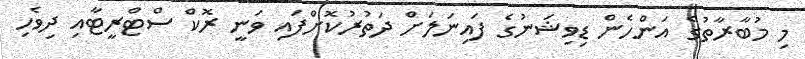
މި މުބާރާތުގެ އަންހެން ޑިވިޝަނުގެ ފައިނަލަށް ދަތުރުކޮށްފައި ވަނީ ރޮކް ސްޓްރީޓާއި ދިވެހި